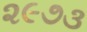
૨૯૭૩